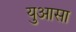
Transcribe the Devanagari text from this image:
युआसा